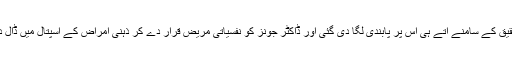
اس تحقیق کے سامنے آتے ہی اس پر پابندی لگا دی گئی اور ڈاکٹر جونز کو نفسیاتی مریض قرار دے کر ذہنی امراض کے اسپتال میں ڈال دیا گیا۔